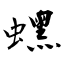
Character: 蟔